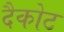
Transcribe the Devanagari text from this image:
दैकोट